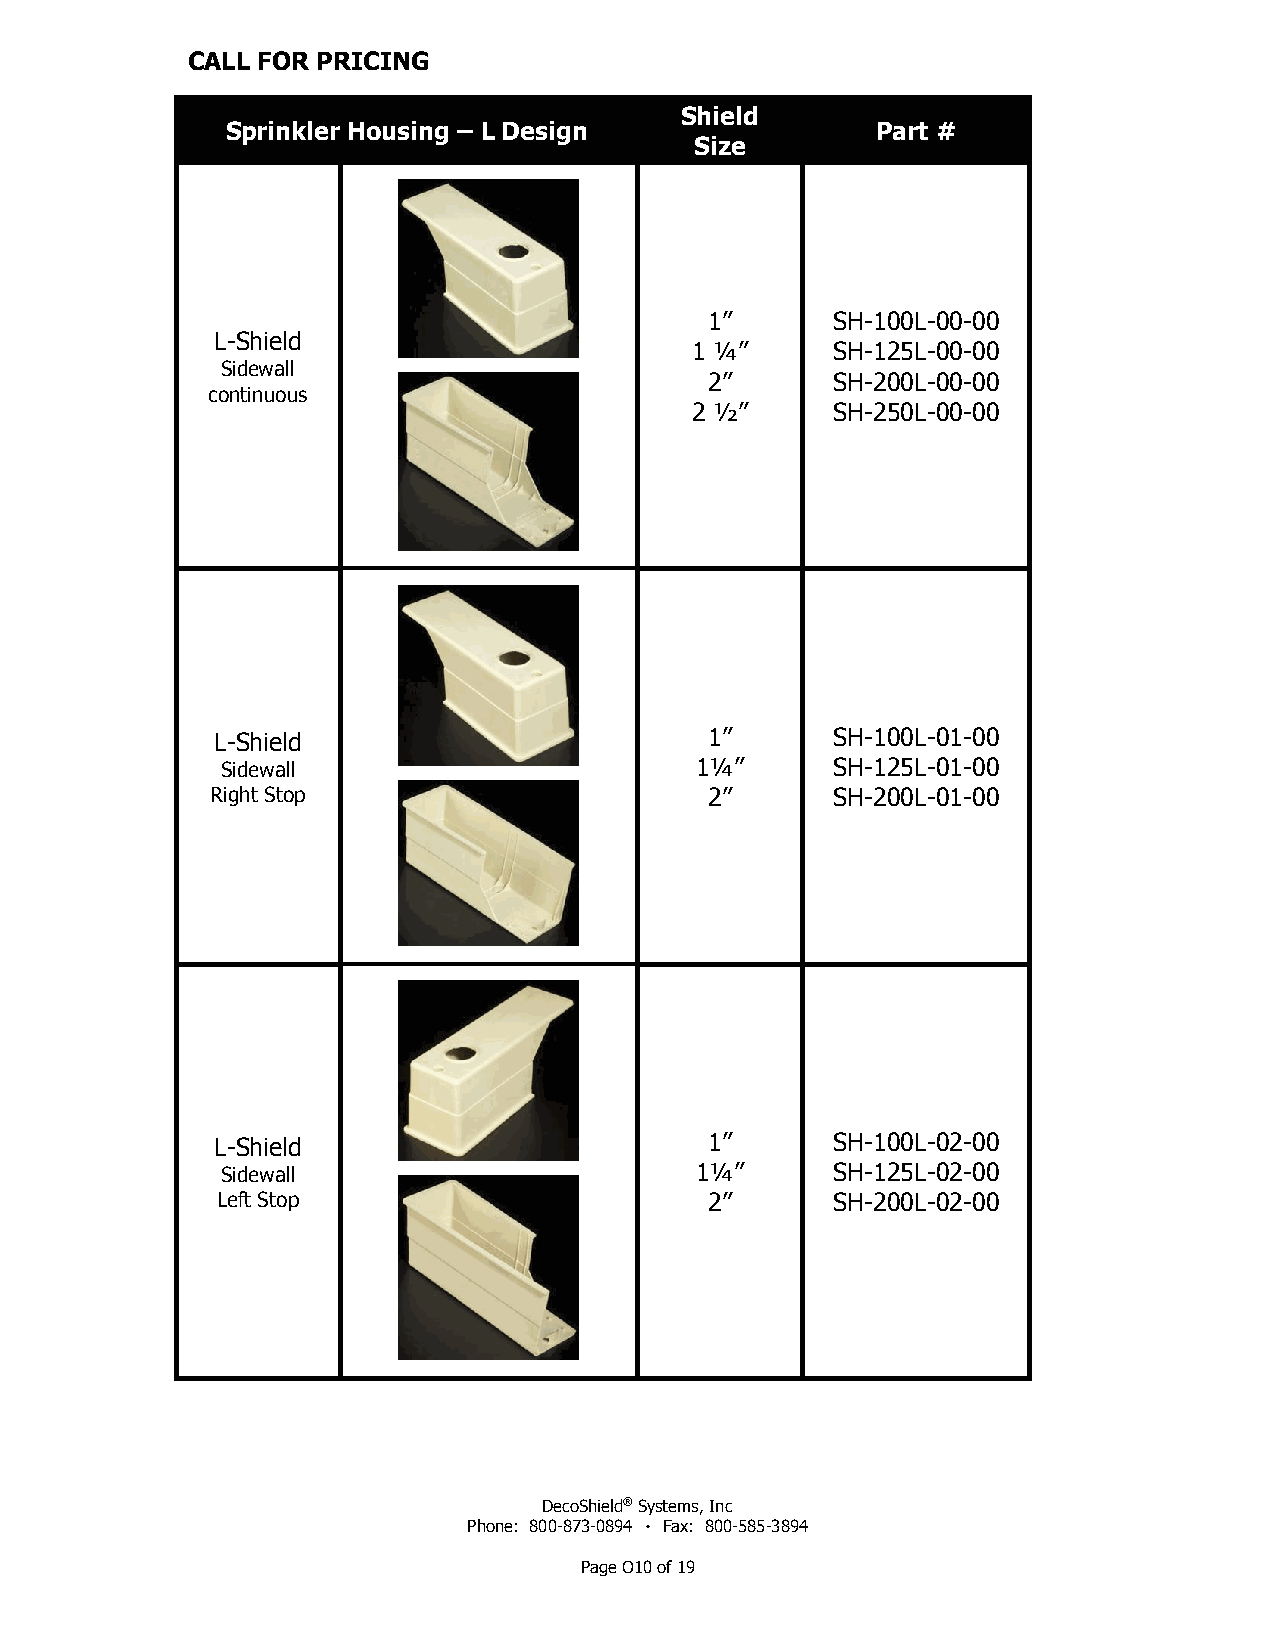
CALL FOR PRICING
 Shield
 Sprinkler Housing – L Design               Part #
 Size
 1”      SH-100L-00-00
 L-Shield
 1 ¼”     SH-125L-00-00
 Sidewall
 2”      SH-200L-00-00
 continuous
 2 ½”     SH-250L-00-00
 L-Shield                         1”      SH-100L-01-00
 Sidewall                       1¼”      SH-125L-01-00
 Right Stop                       2”      SH-200L-01-00
 L-Shield                         1”      SH-100L-02-00
 Sidewall                       1¼”      SH-125L-02-00
 Left Stop                        2”      SH-200L-02-00
 DecoShield® Systems, Inc
 Phone: 800-873-0894 ٠ Fax: 800-585-3894
 Page O10 of 19